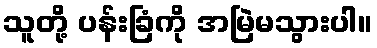
သူတို့ ပန်းခြံကို အမြဲမသွားပါ။